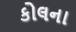
કોલના